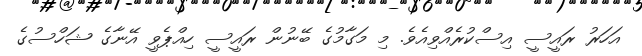
އަހަރު ރައީސީ އިސްކުރެއްވިއެވެ. މި މަގާމުގެ ބޭނުން ރައީސީ ހިއްޕެވީ އޭނާގެ ޝަހްސުގެ